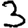
Digit: 3